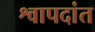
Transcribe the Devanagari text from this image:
श्वापदांत